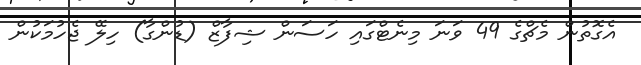
އެގޮތުން މެޗްގެ 49 ވަނަ މިނެޓްގައި ހަސަން ޝިފާޒް (ޑުންގާ) ހިލޭ ޖެހުމަކުން